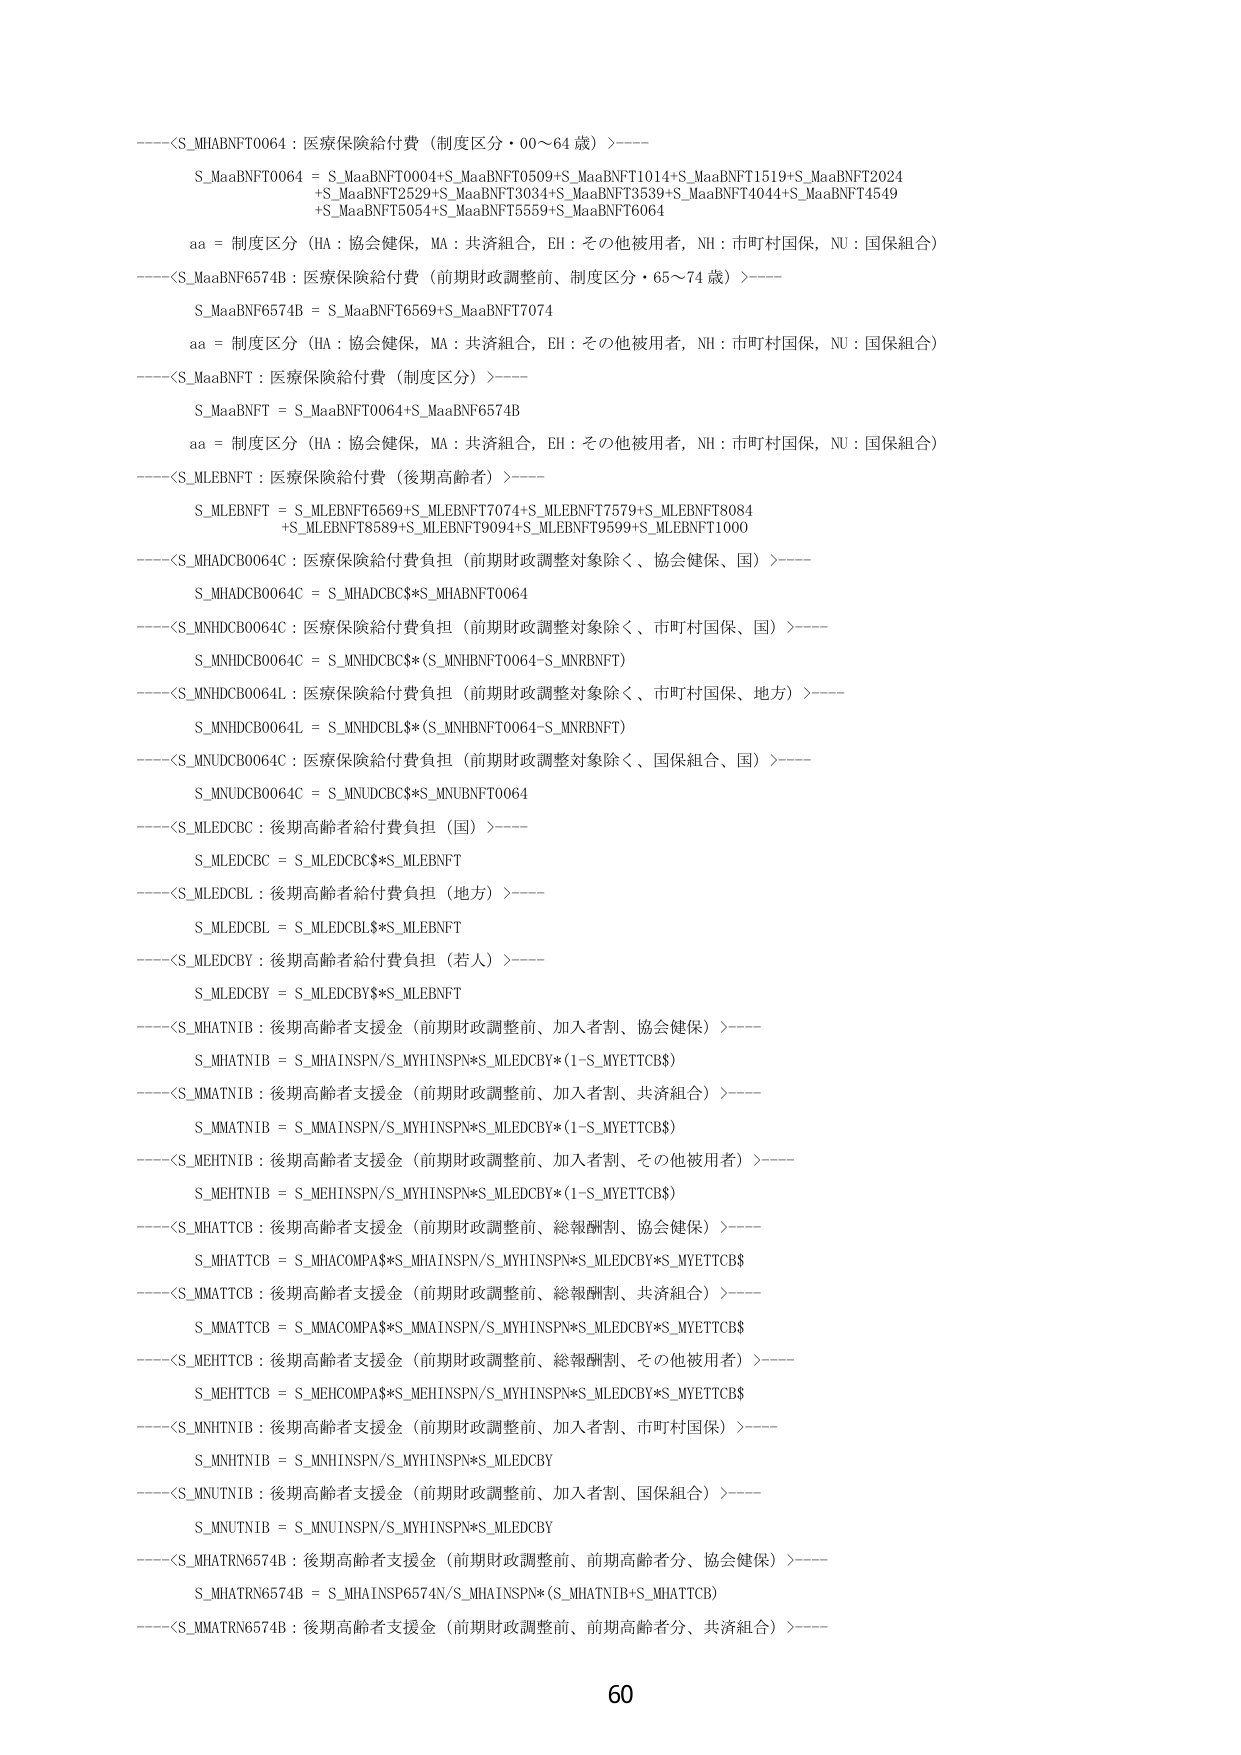
----<S_MHABNFT0064 : 医療保険給付費（制度区分・00～64 歳）>----
S_MaaBNFT0064 = S_MaaBNFT0004+S_MaaBNFT0509+S_MaaBNFT1014+S_MaaBNFT1519+S_MaaBNFT2024
+S_MaaBNFT2529+S_MaaBNFT3034+S_MaaBNFT3539+S_MaaBNFT4044+S_MaaBNFT4549
+S_MaaBNFT5054+S_MaaBNFT5559+S_MaaBNFT6064
aa = 制度区分（HA：協会健保，MA：共済組合，EH：その他被用者，NH：市町村国保，NU：国保組合）
----<S_MaaBNFT6574B : 医療保険給付費（前期財政調整前、制度区分・65～74 歳）>----
S_MaaBNFT6574B = S_MaaBNFT6569+S_MaaBNFT7074
aa = 制度区分（HA：協会健保，MA：共済組合，EH：その他被用者，NH：市町村国保，NU：国保組合）
----<S_MaaBNFT : 医療保険給付費（制度区分）>----
S_MaaBNFT = S_MaaBNFT0064+S_MaaBNFT6574B
aa = 制度区分（HA：協会健保，MA：共済組合，EH：その他被用者，NH：市町村国保，NU：国保組合）
----<S_MLEBNFT : 医療保険給付費（後期高齢者）>----
S_MLEBNFT = S_MLEBNFT6569+S_MLEBNFT7074+S_MLEBNFT7579+S_MLEBNFT8084
+S_MLEBNFT8589+S_MLEBNFT9094+S_MLEBNFT9599+S_MLEBNFT1000
----<S_MHADCB0064C : 医療保険給付費負担（前期財政調整対象除く、協会健保、国）>----
S_MHADCB0064C = S_MHADCBC$*S_MHABNFT0064
----<S_MNHDCB0064C : 医療保険給付費負担（前期財政調整対象除く、市町村国保、国）>----
S_MNHDCB0064C = S_MNHDCBC$*(S_MNHBNT0064-S_MNRBNFT)
----<S_MNHDCB0064L : 医療保険給付費負担（前期財政調整対象除く、市町村国保、地方）>----
S_MNHDCB0064L = S_MNHDCBL$*(S_MNHBNT0064-S_MNRBNFT)
----<S_MNUDCB0064C : 医療保険給付費負担（前期財政調整対象除く、国保組合、国）>----
S_MNUDCB0064C = S_MNUDCBC$*S_MNUBNFT0064
----<S_MLEDCBC : 後期高齢者給付費負担（国）>----
S_MLEDCBC = S_MLEDCBC$*S_MLEBNFT
----<S_MLEDCBL : 後期高齢者給付費負担（地方）>----
S_MLEDCBL = S_MLEDCBL$*S_MLEBNFT
----<S_MLEDCBY : 後期高齢者給付費負担（若人）>----
S_MLEDCBY = S_MLEDCBY$*S_MLEBNFT
----<S_MHATNIB : 後期高齢者支援金（前期財政調整前、加入者割、協会健保）>----
S_MHATNIB = S_MHAINSPN/S_MYHINSPN*S_MLEDCBY*(1-S_MYETTCB$)
----<S_MMATNIB : 後期高齢者支援金（前期財政調整前、加入者割、共済組合）>----
S_MMATNIB = S_MMAINSPN/S_MYHINSPN*S_MLEDCBY*(1-S_MYETTCB$)
----<S_MEHTNIB : 後期高齢者支援金（前期財政調整前、加入者割、その他被用者）>----
S_MEHTNIB = S_MEHINSPN/S_MYHINSPN*S_MLEDCBY*(1-S_MYETTCB$)
----<S_MHATTCB : 後期高齢者支援金（前期財政調整前、総報酬割、協会健保）>----
S_MHATTCB = S_MHACOMPAS*S_MHAINSPN/S_MYHINSPN*S_MLEDCBY*S_MYETTCB$
----<S_MMATTCB : 後期高齢者支援金（前期財政調整前、総報酬割、共済組合）>----
S_MMATTCB = S_MMACOMPAS*S_MMAINSPN/S_MYHINSPN*S_MLEDCBY*S_MYETTCB$
----<S_MEHTTCB : 後期高齢者支援金（前期財政調整前、総報酬割、その他被用者）>----
S_MEHTTCB = S_MEHCOMPAS*S_MEHINSPN/S_MYHINSPN*S_MLEDCBY*S_MYETTCB$
----<S_MNHTNIB : 後期高齢者支援金（前期財政調整前、加入者割、市町村国保）>----
S_MNHTNIB = S_MNHINSPN/S_MYHINSPN*S_MLEDCBY
----<S_MNUTNIB : 後期高齢者支援金（前期財政調整前、加入者割、国保組合）>----
S_MNUTNIB = S_MNUINSPN/S_MYHINSPN*S_MLEDCBY
----<S_MHATRN6574B : 後期高齢者支援金（前期財政調整前、前期高齢者分、協会健保）>----
S_MHATRN6574B = S_MHAINSP6574N/S_MHAINSPN*(S_MHATNIB+S_MHATTCB)
----<S_MMATRN6574B : 後期高齢者支援金（前期財政調整前、前期高齢者分、共済組合）>----
60